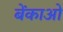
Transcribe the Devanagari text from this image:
बेंकाओ